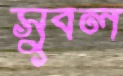
সুবল